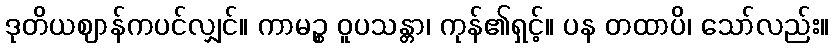
ဒုတိယဈာန်ကပင်လျှင်။ ကာမဉ္စ ဝူပသန္တာ၊ ကုန်၏ရှင့်။ ပန တထာပိ၊ သော်လည်း။